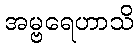
အမ္ဗရေဟာသိ